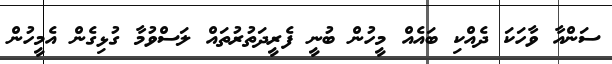
ސަންއާ ވާހަކަ ދެއްކި ބައެއް މީހުން ބުނީ ފެރީދަތުރުތައް ލަސްވުމާ ގުޅިގެން އެމީހުން